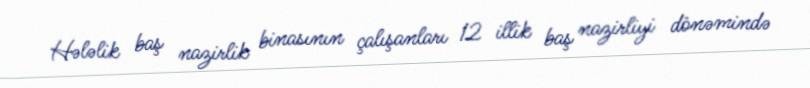
Hələlik baş nazirlik binasının çalışanları 12 illik baş nazirliyi dönəmində